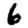
Digit: 6